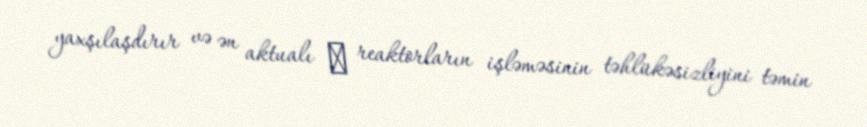
yaxşılaşdırır və ən aktualı ̶ reaktorların işləməsinin təhlükəsizliyini təmin